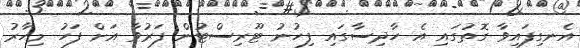
އެނގިފައިވާ ގޮތުގައި އެ ހާދިސާގައި ފިހުނު ޓޫރިސްޓުން ފަރުވާ އަށް ފަހު މިހާރު